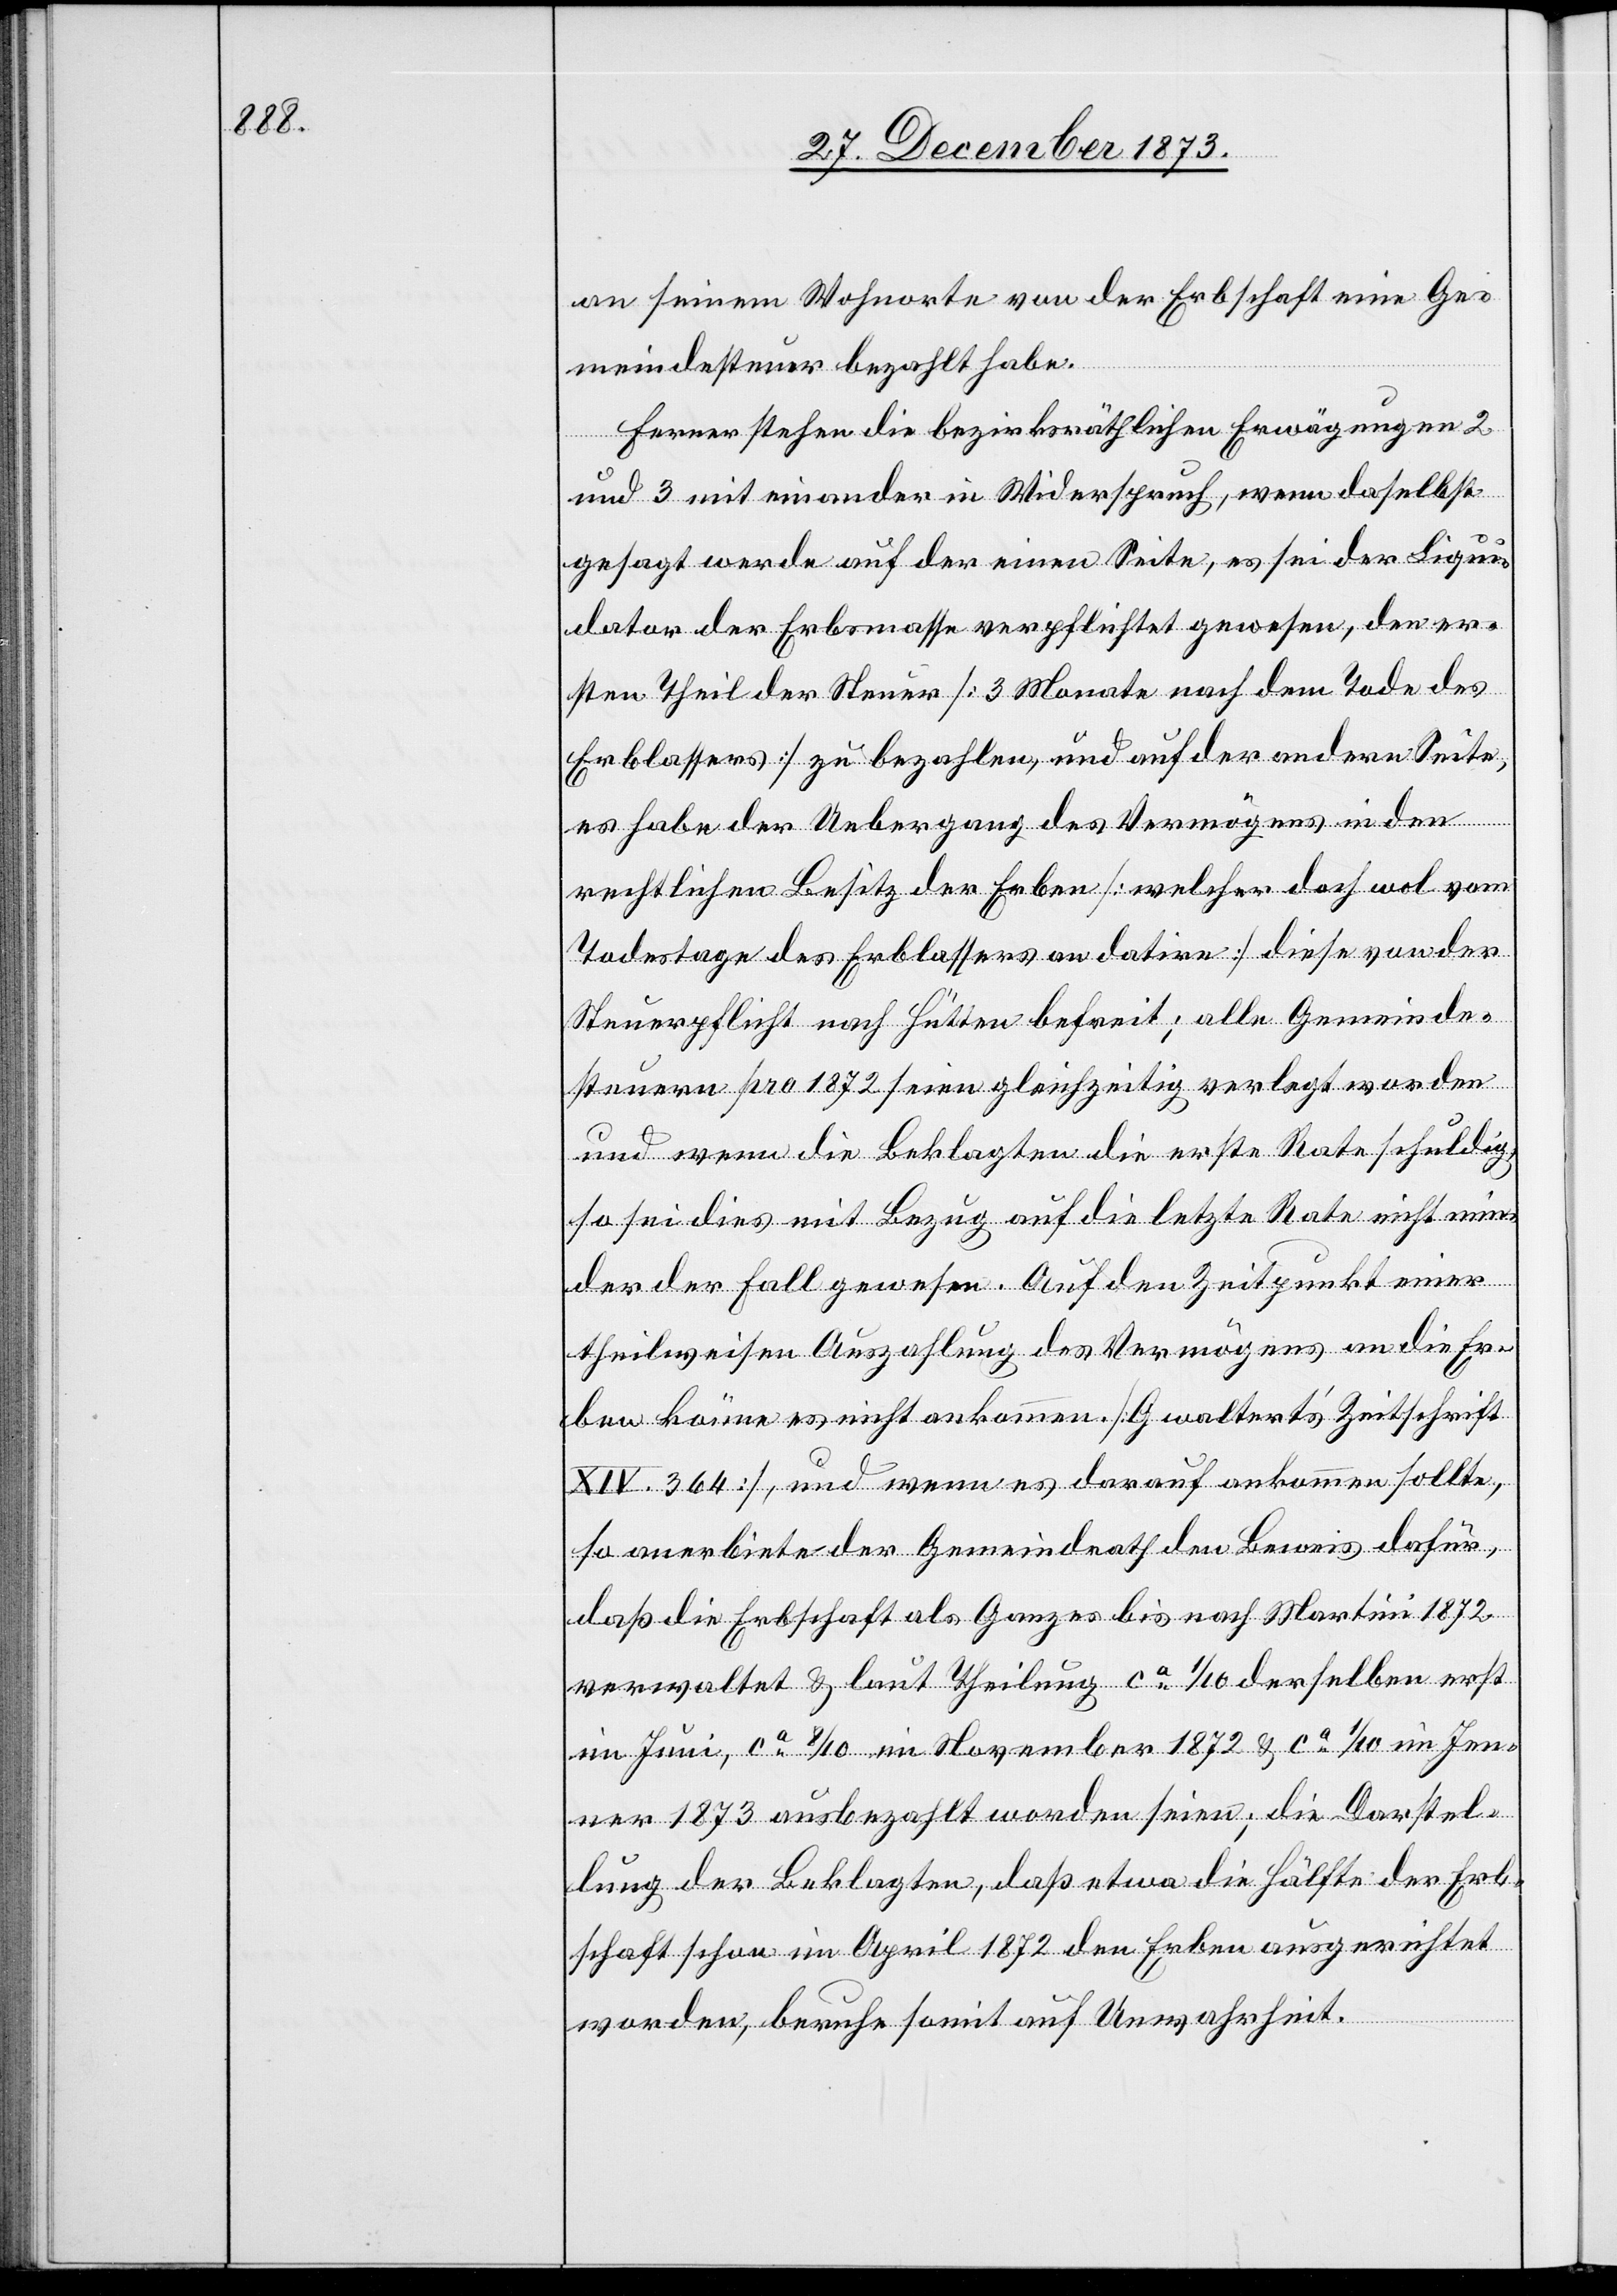
seinem Wohnorte von der Erbschaft eine Ge¬
meindesteuer bezahlt habe.
Ferner stehen die bezirksräthlichen Erwägungen 2
und 3 mit einander in Widerspruch, wenn daselbst
gesagt werde auf der einen Seite, es sei der Liqui¬
dator der Erbsmasse verpflichtet gewesen, den er¬
sten Theil der Steuer [3 Monate nach dem Tode des
Erblassers] zu bezahlen, und auf der andern Seite,
an
es habe der Uebergang des Vermögens in den
rechtlichen Besitz der Erben [welcher doch wol vom
Todestage des Erblassers an datire] diese von der
Steuerpflicht nach Hütten befreit; alle Gemeinde¬
steuern pro 1872 seien gleichzeitig verlegt worden
und wenn die Beklagten die erste Rate schuldig
so sei dies mit Bezug auf die letzte Rate nicht min¬
der der Fall gewesen. Auf den Zeitpunkt einer
theilweisen Auszahlung des Vermögens an die Er¬
ben könne es nicht ankommen. [Gwaltert’s Zeitschrift
XIV. 364], und wenn es darauf ankommen sollte,
so anerbiete der Gemeindrath den Beweis dafür,
das die Erbschaft als Ganzes bis nach Martini 1872
verwaltet & laut Theilung ca 1/10 derselben erst
im Juni, ca 8/10 im November 1872 & ca 1/10 im Jen¬
ner 1873 ausbezahlt worden seien; die Darstel¬
lung der Beklagten, daß etwa die Hälfte der Erb¬
schaft schon im April 1872 den Erben ausgerichtet
worden, beruhe somit auf Unwahrheit.